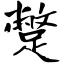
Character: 蹩